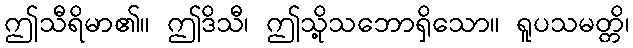
ဤသီရိမာ၏။ ဤဒိသီ၊ ဤသို့သဘောရှိသော။ ရူပသမတ္တိ၊